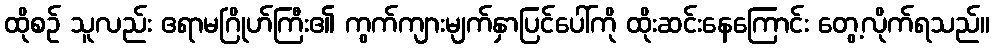
ထိုစဉ် သူလည်း ဧရာမဂြိုဟ်ကြီး၏ ကွက်ကျားမျက်နှာပြင်ပေါ်ကို ထိုးဆင်းနေကြောင်း တွေ့လိုက်ရသည်။